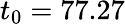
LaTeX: t_{0}=77.27